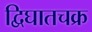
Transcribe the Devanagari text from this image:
द्विघातचक्र